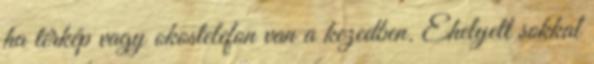
ha térkép vagy okostelefon van a kezedben. Ehelyett sokkal